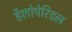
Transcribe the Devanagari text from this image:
हैलोपेरिडल